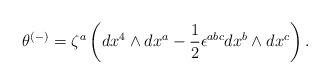
LaTeX: \begin{align*}\theta^{(-)}=\zeta^a\left(dx^4\wedge dx^a-\frac{1}{2}\epsilon^{abc}dx^b\wedge dx^c\right).\end{align*}